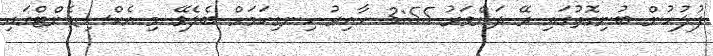
ފުލުހުން ބުނިގޮތުގައި ރޭ ދަންވަރު 3:55 ހާއިރު ހިނގިކަމަށް ބެލެވޭ މި އެކްސިޑެންޓްގައި